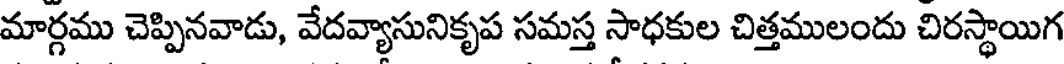
మార్గము చెప్పినవాడు, వేదవ్యాసునికృప సమస్త సాధకుల చిత్తములందు చిరస్థాయిగ